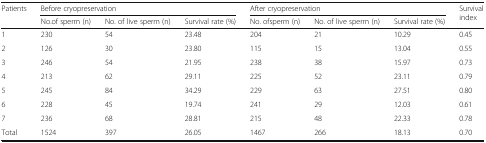
<table><thead><tr><td rowspan="2"><b>Patients</b></td><td colspan="3"><b>Before cryopreservation</b></td><td colspan="3"><b>After cryopreservation</b></td><td rowspan="2"><b>Survival index</b></td></tr><tr><td><b>No.of sperm (n)</b></td><td><b>No. of live sperm (n)</b></td><td><b>Survival rate (%)</b></td><td><b>No. ofsperm (n)</b></td><td><b>No. of live sperm (n)</b></td><td><b>Survival rate (%)</b></td></tr></thead><tbody><tr><td>1</td><td>230</td><td>54</td><td>23.48</td><td>204</td><td>21</td><td>10.29</td><td>0.45</td></tr><tr><td>2</td><td>126</td><td>30</td><td>23.80</td><td>115</td><td>15</td><td>13.04</td><td>0.55</td></tr><tr><td>3</td><td>246</td><td>54</td><td>21.95</td><td>238</td><td>38</td><td>15.97</td><td>0.73</td></tr><tr><td>4</td><td>213</td><td>62</td><td>29.11</td><td>225</td><td>52</td><td>23.11</td><td>0.79</td></tr><tr><td>5</td><td>245</td><td>84</td><td>34.29</td><td>229</td><td>63</td><td>27.51</td><td>0.80</td></tr><tr><td>6</td><td>228</td><td>45</td><td>19.74</td><td>241</td><td>29</td><td>12.03</td><td>0.61</td></tr><tr><td>7</td><td>236</td><td>68</td><td>28.81</td><td>215</td><td>48</td><td>22.33</td><td>0.78</td></tr><tr><td>Total</td><td>1524</td><td>397</td><td>26.05</td><td>1467</td><td>266</td><td>18.13</td><td>0.70</td></tr></tbody></table>